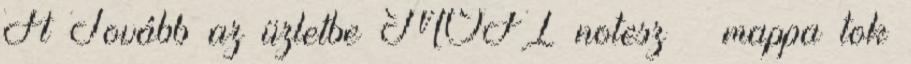
Ft Tovább az üzletbe MOFI notesz mappa tok